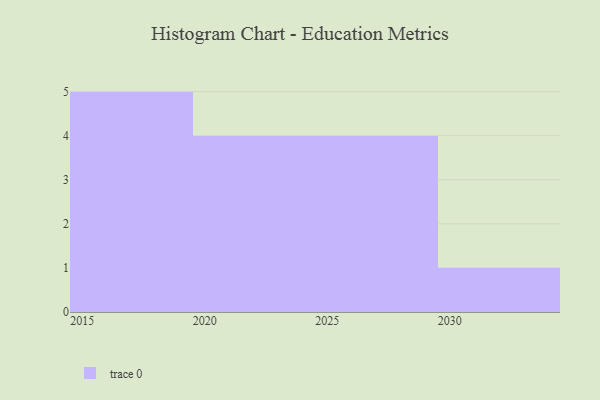
{"axis": {"x": "Year", "y": "Operating Costs (USD K)"}, "legend": [""], "data": [{"x": "2019", "y": 89, "type": ""}, {"x": "2022", "y": 68, "type": ""}, {"x": "2020", "y": 25, "type": ""}, {"x": "2021", "y": 17, "type": ""}, {"x": "2026", "y": 50, "type": ""}, {"x": "2025", "y": 20, "type": ""}, {"x": "2027", "y": 46, "type": ""}, {"x": "2015", "y": 16, "type": ""}, {"x": "2016", "y": 93, "type": ""}, {"x": "2018", "y": 17, "type": ""}, {"x": "2017", "y": 16, "type": ""}, {"x": "2023", "y": 69, "type": ""}, {"x": "2030", "y": 19, "type": ""}, {"x": "2028", "y": 80, "type": ""}]}